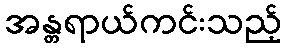
အန္တရာယ်ကင်းသည့်